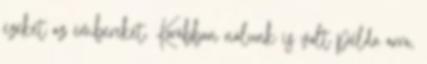
ezeket az embereket. Korábban nálunk is volt példa arra,